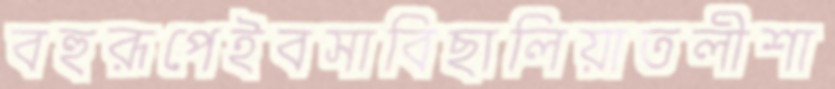
বহুরূপেইবসাবিছালিয়াতলীশা